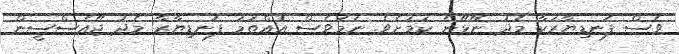
ވެސް ފަނޑިޔާރަކާ މެދު ނޭޅޭނެ ކަމަށެވެ. ނަމަވެސް އުއްތަމަ ފަނޑިޔާރާ މެދު ޖޭއެސްސީން